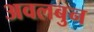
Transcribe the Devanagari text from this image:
अवलबुन